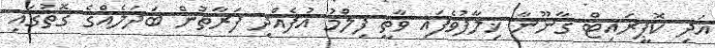
އަދި ކޮޕީރައިޓް ގާނޫނާ ޚިލާފުވެފައި ވާތީ ފިލްމު އުފެއްދި ފަރާތުން ބަދަލެއްގެ ގޮތުގައި